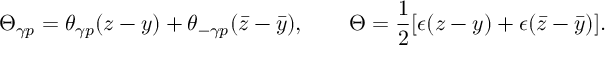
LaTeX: \Theta _ { \gamma p } = \theta _ { \gamma p } ( z - y ) + \theta _ { - \gamma p } ( \bar { z } - \bar { y } ) , ~ ~ ~ ~ ~ ~ \Theta = \frac { 1 } { 2 } [ \epsilon ( z - y ) + \epsilon ( \bar { z } - \bar { y } ) ] .